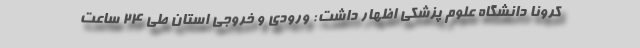
کرونا دانشگاه علوم پزشکی اظهار داشت: ورودی و خروجی استان طی ۲۴ ساعت